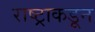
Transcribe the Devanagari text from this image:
राष्ट्राकडून